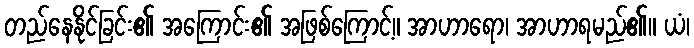
တည်နေနိုင်ခြင်း၏ အကြောင်း၏ အဖြစ်ကြောင့်။ အာဟာရော၊ အာဟာရမည်၏။ ယံ၊